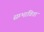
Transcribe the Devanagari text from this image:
सम्भाविता